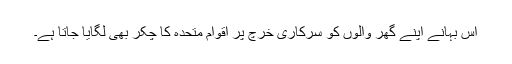
اس بہانے اپنے گھر والوں کو سرکاری خرچ پر اقوام متحدہ کا چکر بھی لگایا جاتا ہے۔